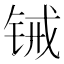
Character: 𬭋